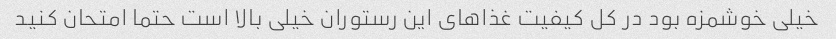
خیلی خوشمزه بود در کل کیفیت غذا‌های این رستوران خیلی بالا است حتما امتحان کنید